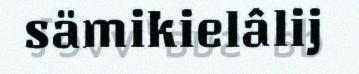
sämikielâlij